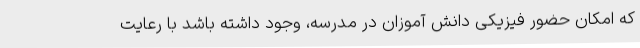
که امکان حضور فیزیکی دانش آموزان در مدرسه، وجود داشته باشد با رعایت